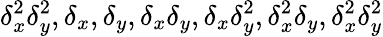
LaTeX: \delta_{x}^{2}\delta_{y}^{2},\delta_{x},\delta_{y},\delta_{x}\delta_{y},\delta_{x}\delta_{y}^{2},\delta_{x}^{2}\delta_{y},\delta_{x}^{2}\delta_{y}^{2}